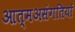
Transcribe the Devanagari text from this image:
आत्मअसंगतियों